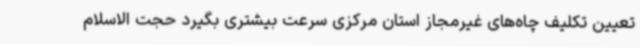
تعیین تکلیف چاه‌های غیرمجاز استان مرکزی سرعت بیشتری بگیرد حجت الاسلام